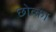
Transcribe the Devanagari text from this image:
छोव्का